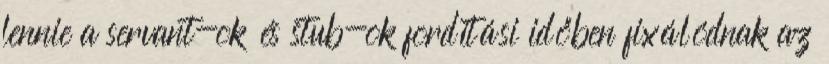
lennie a servant-ok és stub-ok fordítási időben fixálódnak az